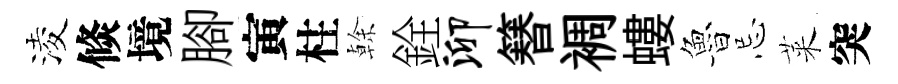
淩倐境腳寅柱𠏉銓泖簮裯螻魯忌萊突